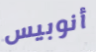
أنوبيس